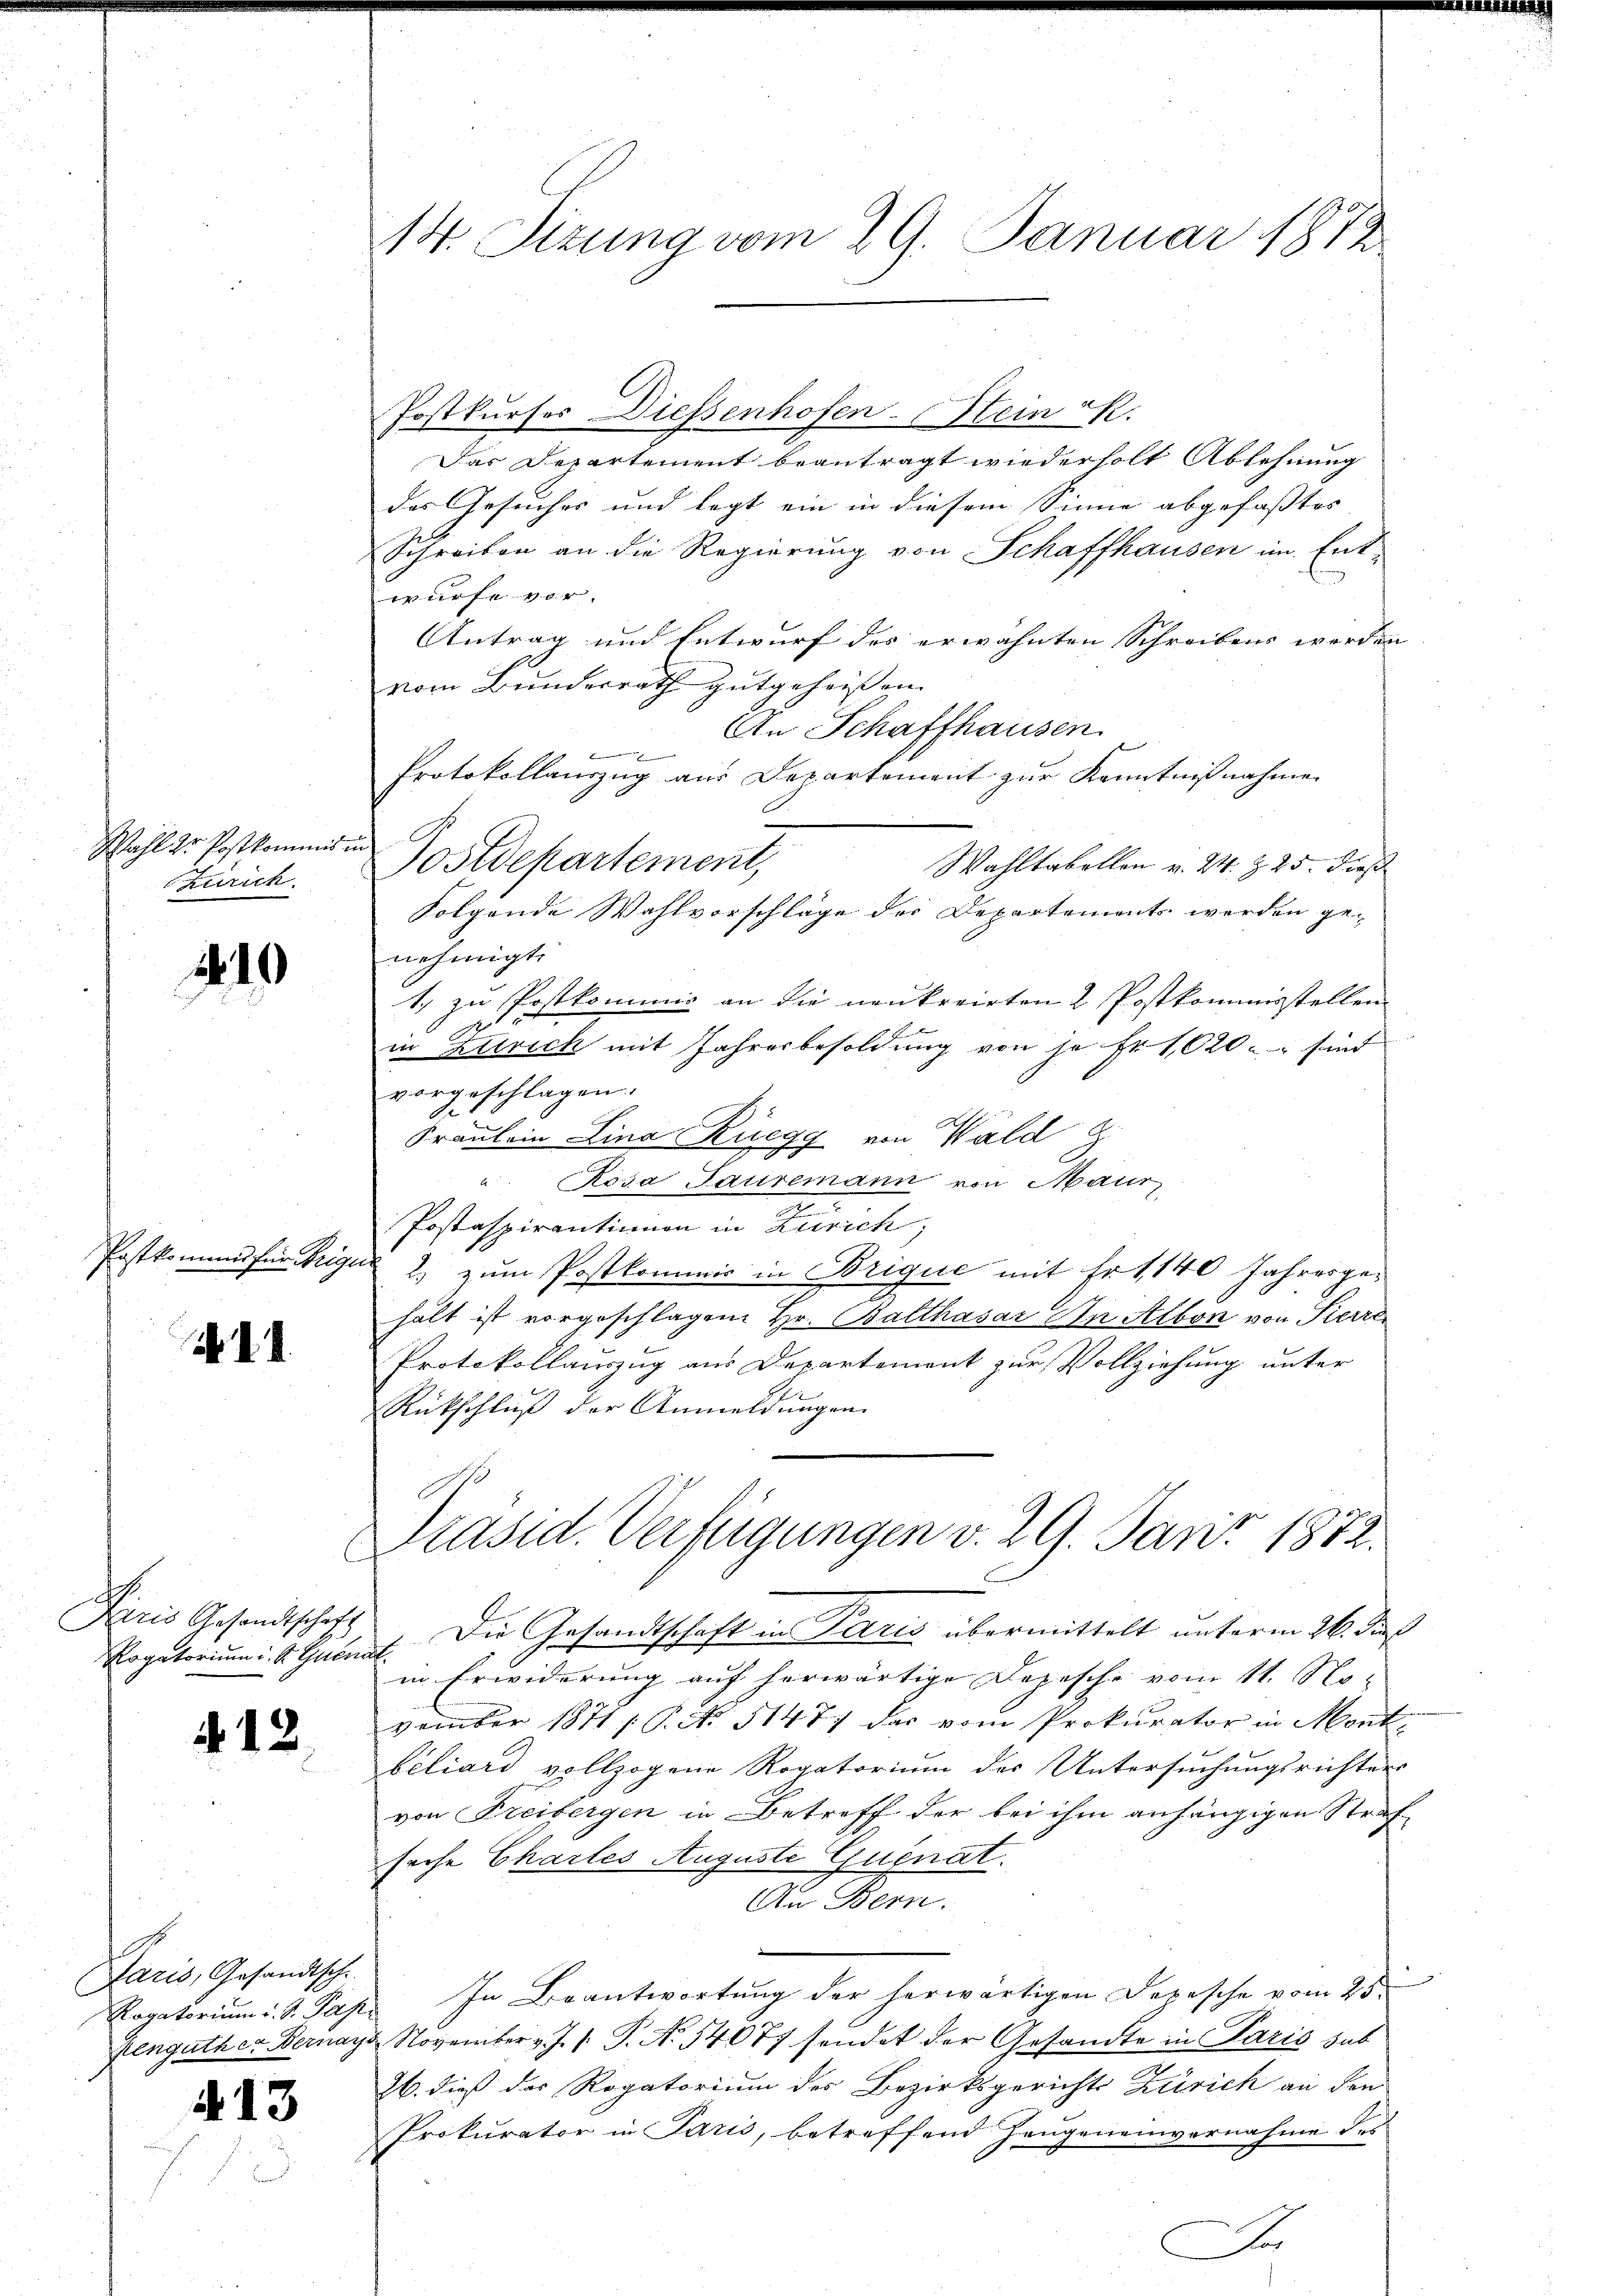
Wahl 2r Postkommis
zurich.

210

Postkomund für Trigu

A
Aris Gesandtschaft

4. 12.

Jaris, Gesandtsche

13

C

14. Sizung vom 29. Januar 1872

Postkurses Diessenhofen-Stein K.
Das Departement beantragt wiederholt Ablehnung
des Gesuches und legt ein in diesem Sinne abgefasstes
Schreiben an die Regierung von Schaffhausen im Entwürfe vor.
Antrag und Entwurf des erwähnten Schreibens werden
h
vom Bunderrath gutgeheißen.
An Schaffhausen.
Protokollanzug aus Departement zur Kenntnißnahme
Postdepartement,
Wahltabellen v. 24. Z. 25. dieß
Folgende Wahlvorschläge der Departements werden ge-
nehmigt.
1. zu Postkommis an die neukreirten 2 Postkommisstellen
in Zürich mit Jahresbesoldung von je Fr. 1020 - sind
vorgeschlagen.
Fräulein Lina Rüegg von Wald
u. Rosa Sauremann von Maur
I
Postaspirantinion in Zürich
2) zum Postkommis in Brique mit Fr. 1140 Jahresge-
hält ist vorgeschlagen Hr. Balthasar An Albon von Pierre
Protokollauszug aus Departement zur Vollziehung unter
Rückschluß der Anmeldungen.
o
Präsid. Verfügungen v. 29. Juni 1872.
Rogatorium: 1 Schubert. Die Gesandtschaft in Paris übermittelt unterm 26. dieß
in Erwiderung auf herwärtige Depesche vom 11. No-
vember 1871 1 S. S. 51477 das vom Prokurator in Mont
beliard vollzogene Rogatorium der Untersuchungsrichters
von Freibergen in Betreff der bei ihm anhängigen Straf
sache Chartes Auguste Guenat.
An Bern.
Ragatorium d. d. Pap. In Beantwortung der herwärtigen Depesche vom 25.
Kenguther Bernays November v. J. P. N. 54077 sendet der Gesandte in Paris sub
26. dieß der Rogatorium des Bezirksgerichts Zürich an den
Prokurator in Paris, betreffend Zeŭgeneinvernahme des
S